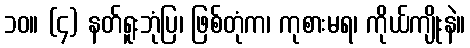
၁၀။ (၄) နတ်ရူးဘုံပြ၊ ဖြစ်တုံက၊ ကုစားမရ၊ ကိုယ်ကျိုးနဲ။